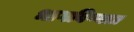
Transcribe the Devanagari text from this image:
भागविण्यात